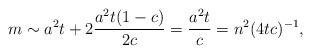
LaTeX: \begin{align*}m \sim a^2t + 2\frac{a^2t(1-c)}{2c} = \frac{a^2t}{c} = n^2(4tc)^{-1},\end{align*}